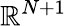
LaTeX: \mathbb{R}^{N+1}